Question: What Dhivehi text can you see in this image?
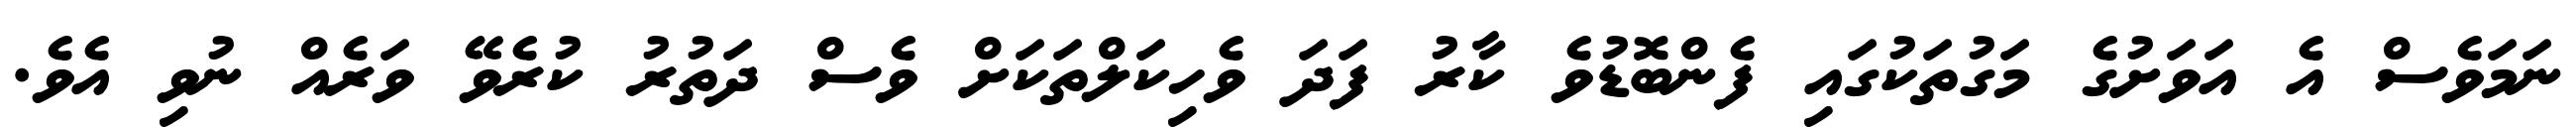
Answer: ނަމަވެސް އެ އަވަށުގެ މަގުތަކުގައި ފެންބޮޑުވެ ކާރު ފަދަ ވެހިކަލްތަކަށް ވެސް ދަތުރު ކުރެވޭ ވަރެއް ނުވި އެވެ.